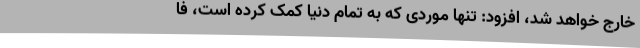
خارج خواهد شد، افزود: تنها موردی که به تمام دنیا کمک کرده است، فا